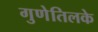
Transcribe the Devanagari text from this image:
गुणेतिलके